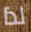
لذا